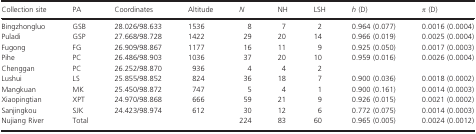
<table><thead><tr><td><b>Collection site</b></td><td><b>PA</b></td><td><b>Coordinates</b></td><td><b>Altitude</b></td><td><b><i>N</i></b></td><td><b>NH</b></td><td><b>LSH</b></td><td><b><i>h</i> (D)</b></td><td><b><i>π</i> (D)</b></td></tr></thead><tbody><tr><td>Bingzhongluo</td><td>GSB</td><td>28.026/98.633</td><td>1536</td><td>8</td><td>7</td><td>2</td><td>0.964 (0.077)</td><td>0.0016 (0.0004)</td></tr><tr><td>Puladi</td><td>GSP</td><td>27.668/98.728</td><td>1422</td><td>29</td><td>20</td><td>14</td><td>0.966 (0.019)</td><td>0.0025 (0.0004)</td></tr><tr><td>Fugong</td><td>FG</td><td>26.909/98.867</td><td>1177</td><td>16</td><td>11</td><td>9</td><td>0.925 (0.050)</td><td>0.0017 (0.0003)</td></tr><tr><td>Pihe</td><td>PC</td><td>26.486/98.903</td><td>1036</td><td>37</td><td>20</td><td>10</td><td>0.959 (0.016)</td><td>0.0026 (0.0004)</td></tr><tr><td>Chenggan</td><td>PC</td><td>26.252/98.870</td><td>936</td><td>4</td><td>4</td><td>2</td><td></td><td></td></tr><tr><td>Lushui</td><td>LS</td><td>25.855/98.852</td><td>824</td><td>36</td><td>18</td><td>7</td><td>0.900 (0.036)</td><td>0.0018 (0.0002)</td></tr><tr><td>Mangkuan</td><td>MK</td><td>25.450/98.872</td><td>747</td><td>5</td><td>4</td><td>1</td><td>0.900 (0.161)</td><td>0.0014 (0.0003)</td></tr><tr><td>Xiaopingtian</td><td>XPT</td><td>24.970/98.868</td><td>666</td><td>59</td><td>21</td><td>9</td><td>0.926 (0.015)</td><td>0.0021 (0.0002)</td></tr><tr><td>Sanjingkou</td><td>SJK</td><td>24.423/98.974</td><td>612</td><td>30</td><td>12</td><td>6</td><td>0.772 (0.075)</td><td>0.0014 (0.0003)</td></tr><tr><td>Nujiang River</td><td>Total</td><td></td><td></td><td>224</td><td>83</td><td>60</td><td>0.965 (0.005)</td><td>0.0024 (0.0012)</td></tr></tbody></table>